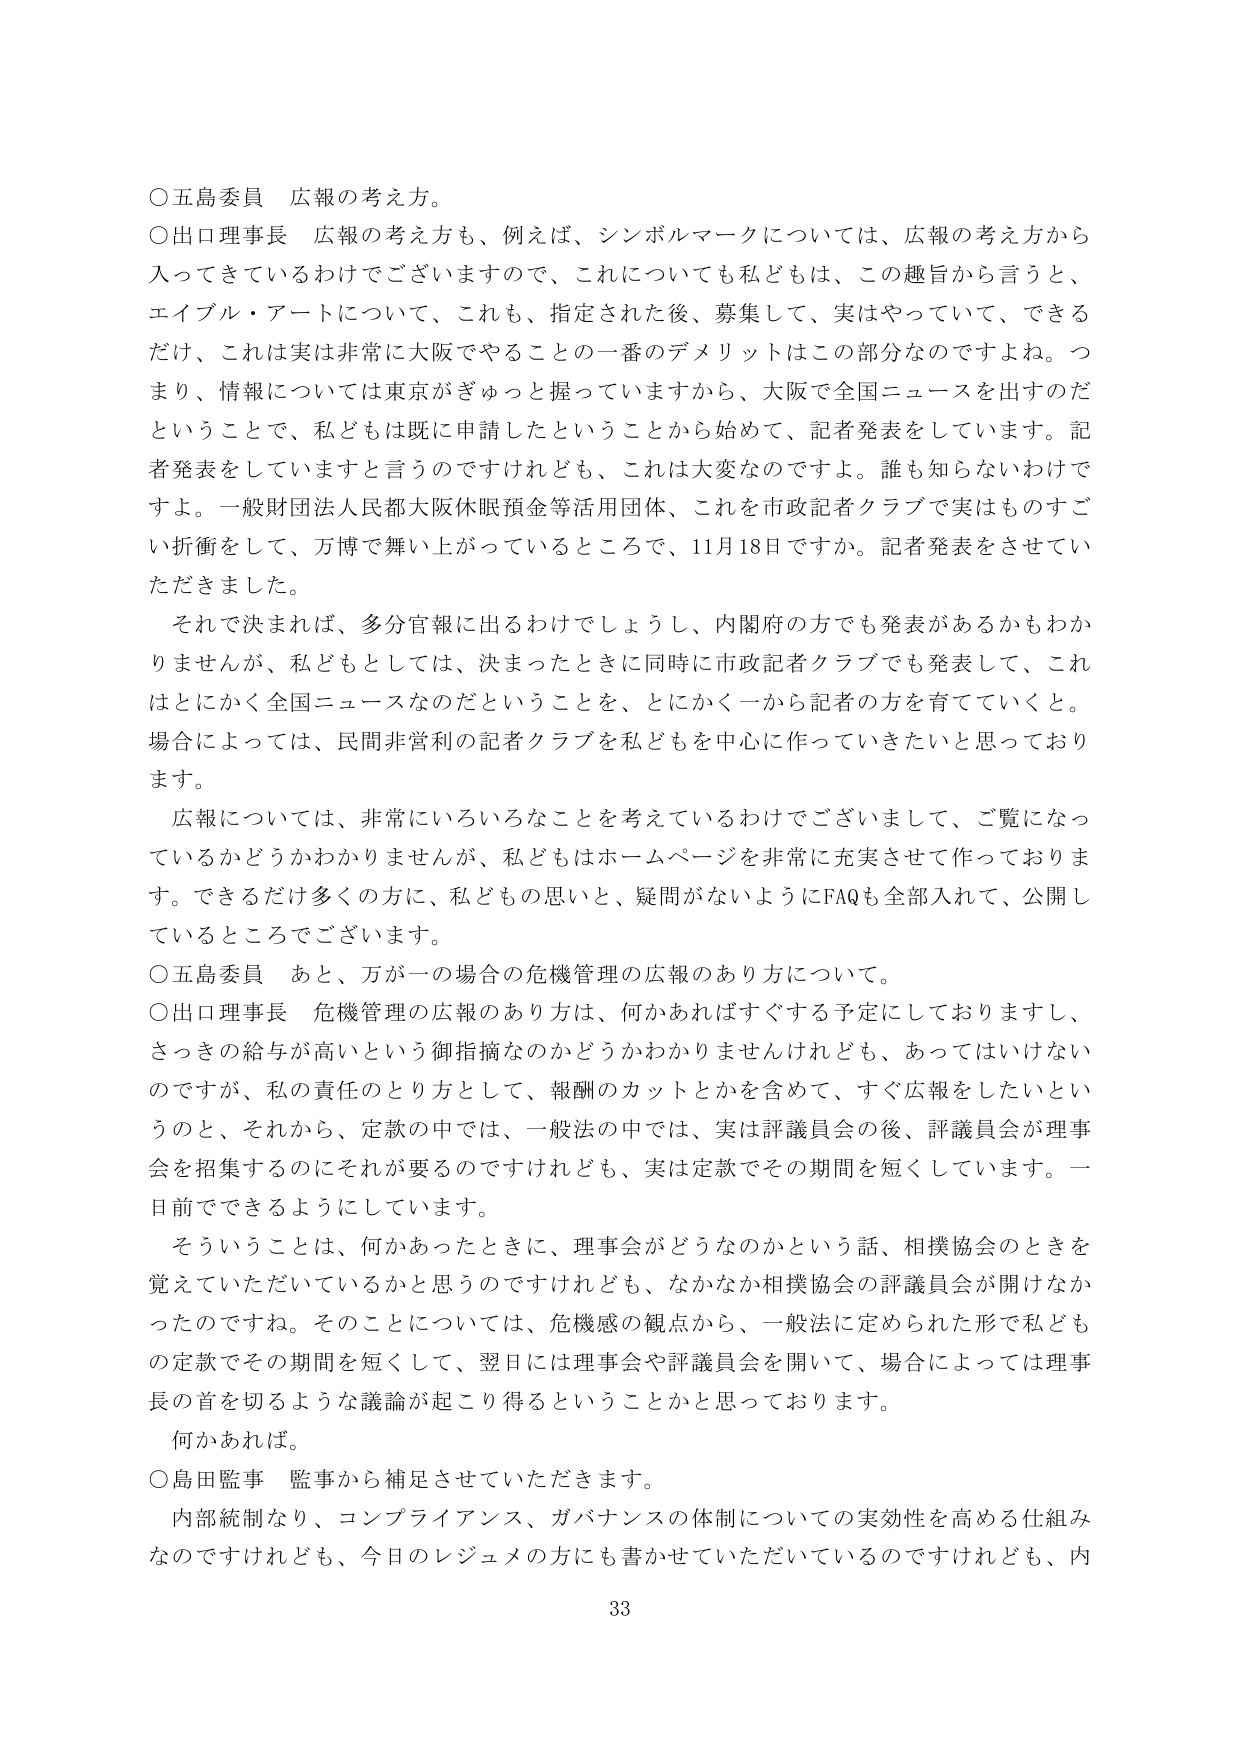
○五島委員 広報の考え方。

○出口理事長 広報の考え方も、例えば、シンボルマークについては、広報の考え方から入ってきているわけでございますので、これについても私どもは、この趣旨から言うと、エイブル・アートについて、これも、指定された後、募集して、実はやっていて、できるだけ、これは実に非常に大阪でやることの一番のデメリットはこの部分なのですよね。つまり、情報については東京がぎゅっと握っていますから、大阪で全国ニュースを出すのだということで、私どもは既に申請したということから始めて、記者発表をしています。記者発表をしていますと言うのですけれども、これは大変なのですよ。誰も知らないわけですよ。一般財団法人民都大阪休眠預金等活用団体、これを市政記者クラブで実はものすごい折衝をして、万博で舞い上がっているところで、11月18日ですか。記者発表をさせていただきました。

それでは決まれば、多分官報に出るわけでしょうし、内閣府の方でも発表があるかもわかりませんが、私どもとしては、決まったときに同時に市政記者クラブでも発表して、これはとにかく全国ニュースなのだということを、とにかく一から記者の方を育てていくと。場合によっては、民間非営利の記者クラブを私どもを中心に作っていきたいと思っております。

広報については、非常にいろいろなことを考えているわけでございまして、ご覧になっているかどうかわかりませんが、私どもはホームページを非常に充実させて作っております。できるだけ多くの方に、私どもの思いと、疑問がないようにFAQも全部入れて、公開しているところでございます。

○五島委員 あと、万が一の場合の危機管理の広報のあり方について。

○出口理事長 危機管理の広報のあり方は、何かあればすぐする予定にしておりますし、さっきの給与が高いという御指摘なのかどうかわかりませんけれども、あってはいけないのですが、私の責任のとり方として、報酬のカットとかを含めて、すぐ広報をしたいというのと、それから、定款の中では、一般法の中では、実は評議員会の後、評議員会が理事会を招集するのにそれが要るのですけれども、実は定款でその期間を短くしています。一日前でできるようにしています。

そういうことは、何かあったときに、理事会がどうなのかという話、相撲協会のときを覚えていただいているかと思うのですけれども、なかなか相撲協会の評議員会が開けなかったのですね。そのことについては、危機感の観点から、一般法に定められた形で私どもの定款でその期間を短くして、翌日には理事会や評議員会を開いて、場合によっては理事長の首を切るような議論が起こり得るということかと思っております。

何かあれば。

○島田監事 監事から補足させていただきます。

内部統制なり、コンプライアンス、ガバナンスの体制についての実効性を高める仕組みなのですが、今日のレジュメの方にも書かせていただいているのですけれども、内

33